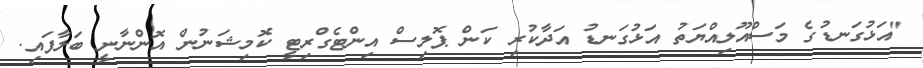
"އަޅުގަނޑުގެ މަސްއޫލިއްޔަތު އަޅުގަނޑު އަދާކުރި ކަން ޕޮލިސް އިންޓެގްރިޓީ ކޮމިޝަނުން އޮންނާނީ ބަލާފައި.